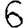
Digit: 6